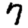
Digit: 7